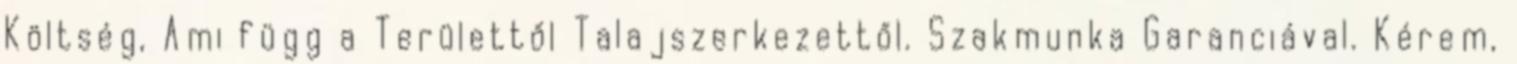
Költség, Ami függ a Területtől Talajszerkezettől. Szakmunka Garanciával. Kérem,